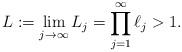
LaTeX: \begin{align*}L:= \lim\limits_{j\rightarrow\infty}L_j=\prod\limits_{j=1}^{\infty}\ell_j>1.\end{align*}